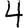
Digit: 4